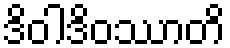
ဒိဝါဒိဝဿာတိ